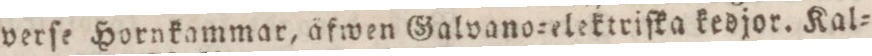
verſe Hornkammar, äfwen Galvano=elektriſka kedjor. Kal=